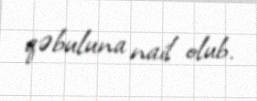
qəbuluna nail olub.